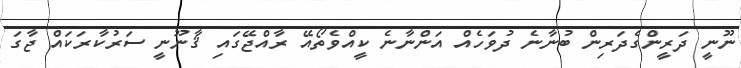
ނޫނީ ދަރީންގެދަރިން ބުނާނެ ދުވަހެއް އަންނާނެ ކީއްވެތޯއޭ ރާއްޖޭގައި ޤާނޫނީ ސަރުކާރަކައް ޖާގަ